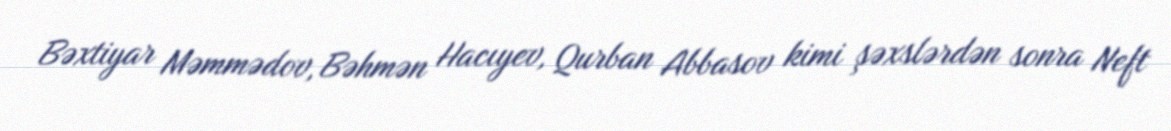
Bəxtiyar Məmmədov, Bəhmən Hacıyev, Qurban Abbasov kimi şəxslərdən sonra Neft